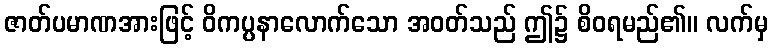
ဇာတ်ပမာဏအားဖြင့် ဝိကပ္ပနာလောက်သော အဝတ်သည် ဤ၌ စိဝရမည်၏။ လက်မှ